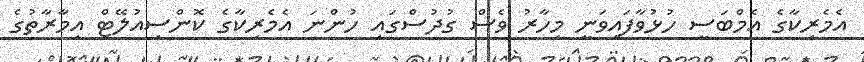
އެމެރިކާގެ އެމްބަސީ ހުޅުވާފައިވަނީ މިހާރު ވެސް ގުދުސްގައި ހުންނަ އެމެރިކާގެ ކޮންސިއުލޭޓް އިމާރާތުގެ